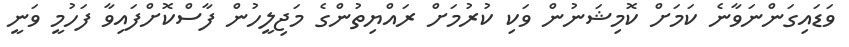
ވަޑައިގަންނަވާނެ ކަމަށް ކޮމިޝަނުން ވަކި ކުރުމަށް ރައްޔިތުންގެ މަޖިލީހުން ފާސްކޮށްފައިވާ ފަހުމީ ވަނީ